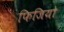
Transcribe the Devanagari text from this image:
फिजियो